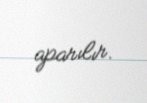
aparılır.